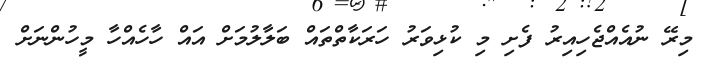
މިރޭ ނުއެއްޖެހިއިރު ފެށި މި ކުޅިވަރު ހަރަކާތްތައް ބަލާލުމަށް އައް ހާހެއްހާ މީހުންނަށް